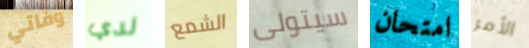
وفاتي لدي الشمع سيتولى امتحان الأمر